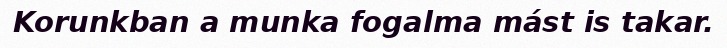
Korunkban a munka fogalma mást is takar.